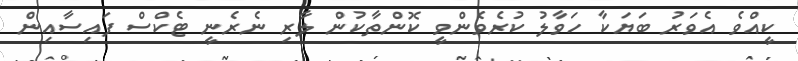
ކީއްވެ އެވަރު ބަޔަކާ ހަވާލު ކުރެވެންވީ ކޮންތާކުން ލާރި ނެރެނީ ޓެކްސް ފައިސާއިން